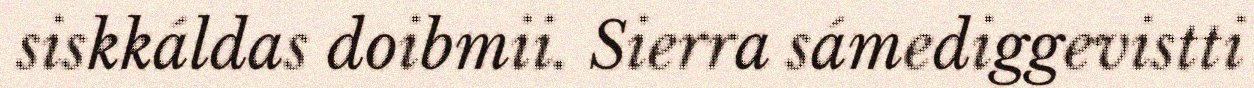
siskkáldas doibmii. Sierra sámediggevistti